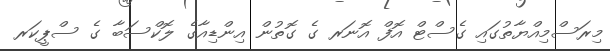
މިރަސްމިއްޔާތުގައި ގެސްޓް އޮފް އޮނަރ ގެ ގޮތުން އިންޑިއާގެ ލޮކްސަބާ ގެ ސްޕީކަރ